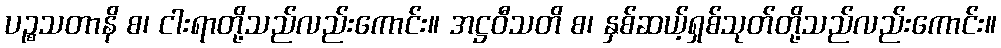
ပဉ္စသတာနိ စ၊ ငါးရာတို့သည်လည်းကောင်း။ အဋ္ဌဝီသတိ စ၊ နှစ်ဆယ့်ရှစ်သုတ်တို့သည်လည်းကောင်း။